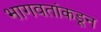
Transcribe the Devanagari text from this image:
भागवतांकडून